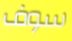
سوف